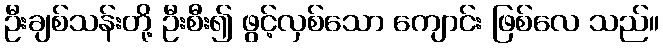
ဦးချစ်သန်းတို့ ဦးစီး၍ ဖွင့်လှစ်သော ကျောင်း ဖြစ်လေ သည်။